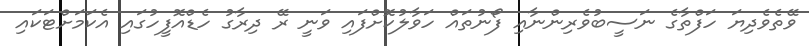
ވޭތެވެދިޔަ ހަފްތާގެ ނަސީބުވެރިންނާއި ފޯނުތައް ހަވާލުކޮށްފައި ވަނީ ރޭ ދިރާގު ހެޑްއޮފީހުގައި އެކަމަށްޓަކައި